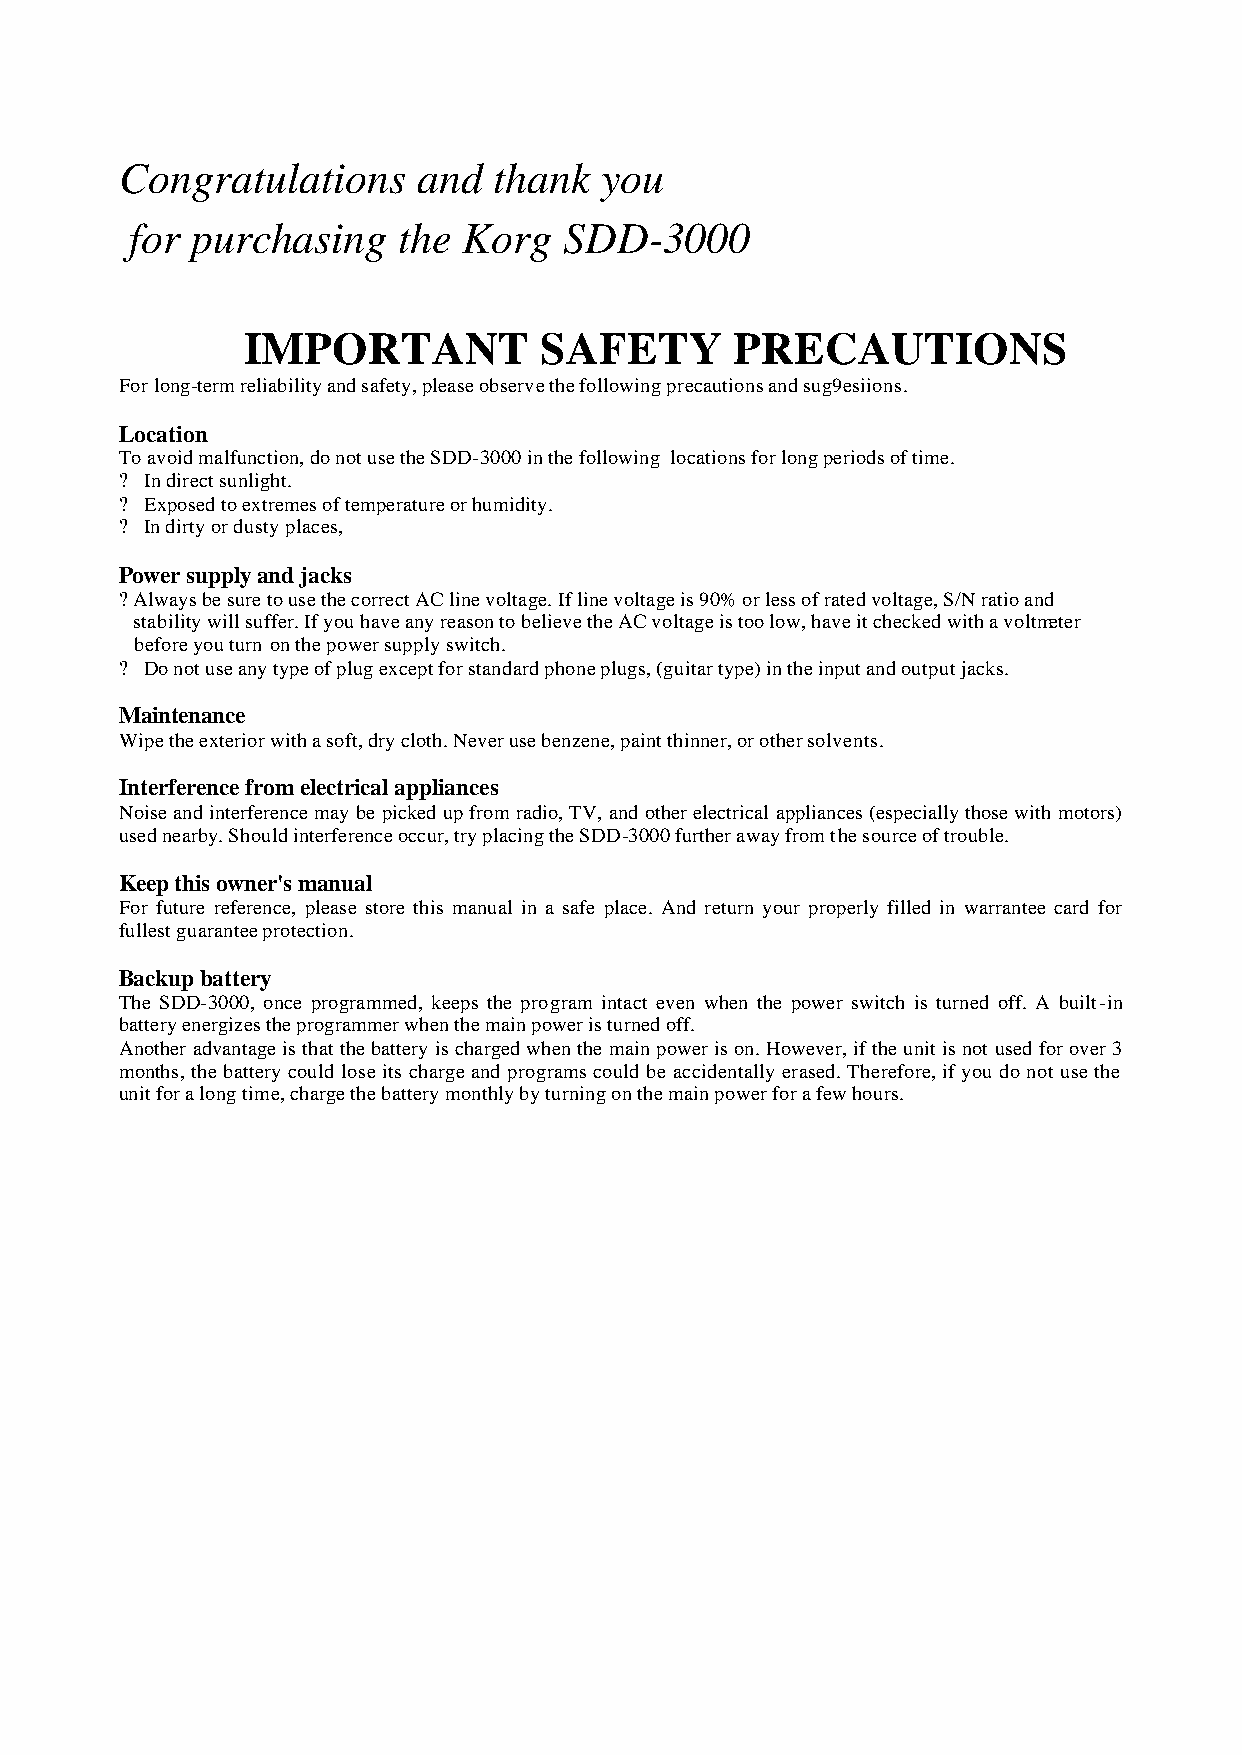
Congratulations     and  thank  you
 for purchasing   the  Korg  SDD-3000
 IMPORTANT           SAFETY       PRECAUTIONS
 For long-term reliability and safety, please observe the following precautions and sug9esiions.
 Location
 To avoid malfunction, do not use the SDD-3000 in the following locations for long periods of time.
 ? In direct sunlight.
 ? Exposed to extremes of temperature or humidity.
 ? In dirty or dusty places,
 Power supply and jacks
 ? Always be sure to use the correct AC line voltage. If line voltage is 90% or less of rated voltage, S/N ratio and
 stability will suffer. If you have any reason to believe the AC voltage is too low, have it checked with a voltmeter
 before you turn on the power supply switch.
 ? Do not use any type of plug except for standard phone plugs, (guitar type) in the input and output jacks.
 Maintenance
 Wipe the exterior with a soft, dry cloth. Never use benzene, paint thinner, or other solvents.
 Interference from electrical appliances
 Noise and interference may be picked up from radio, TV, and other electrical appliances (especially those with motors)
 used nearby. Should interference occur, try placing the SDD-3000 further away from the source of trouble.
 Keep this owner's manual
 For future reference, please store this manual in a safe place. And return your properly filled in warrantee card for
 fullest guarantee protection.
 Backup battery
 The SDD-3000, once programmed, keeps the program intact even when the power switch is turned off. A built-in
 battery energizes the programmer when the main power is turned off.
 Another advantage is that the battery is charged when the main power is on. However, if the unit is not used for over 3
 m onths, the battery could lose its charge and programs could be accidentally erased. Therefore, if you do not use the
 u nit for a long time, charge the battery monthly by turning on the main power for a few hours.